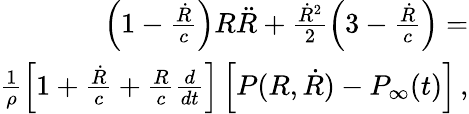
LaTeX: \begin{array}{r}{\left(1-\frac{\dot{R}}{c}\right)R\ddot{R}+\frac{\dot{R}^{2}}{2}\left(3-\frac{\dot{R}}{c}\right)=}\\ {\frac{1}{\rho}\left[1+\frac{\dot{R}}{c}+\frac{R}{c}\frac{d}{dt}\right]\left[P(R,\dot{R})-P_{\infty}(t)\right]\, ,}\end{array}